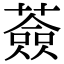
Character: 薟